Report of the Indian Hemp Drugs Commission, 1894-1895 - Volume III
Year: 1894
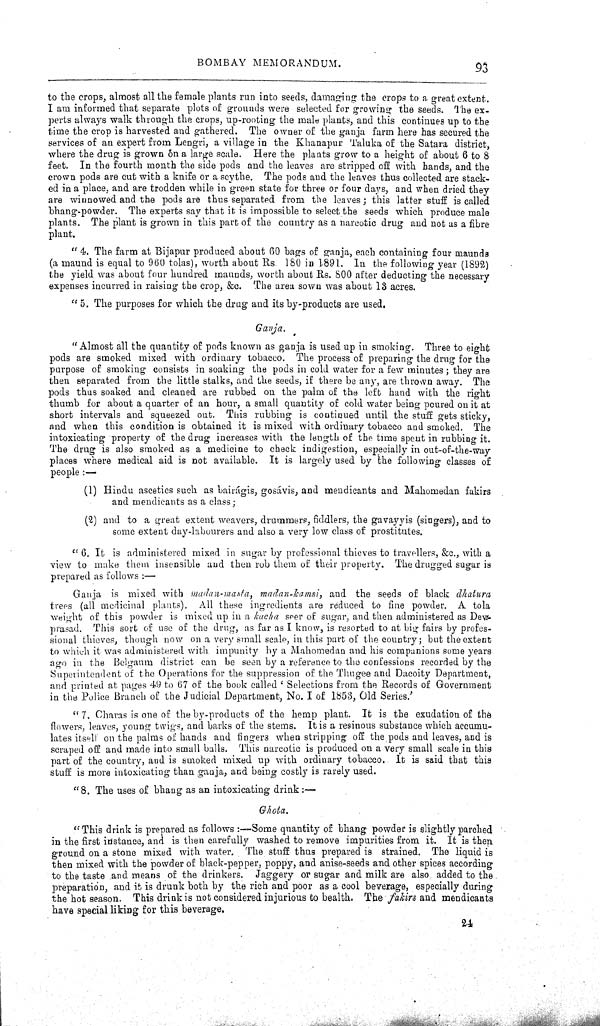
BOMBAY MEMORANDUM.
93
to the crops, almost all the female plants run into seeds, damaging the crops to a great extent.
I am informed that separate plots of grounds were selected for growing the seeds. The ex-
perts always walk through the crops, up-rooting the male plants, and this continues up to the
time the crop is harvested and gathered. The owner of the ganja farm here has secured the
services of an expert from Lengri, a village in the Khanapur Taluka of the Satara district,
where the drug is grown on a large scale. Here the plants grow to a height of about 6 to 8
feet. In the fourth month the side pods and the leaves are stripped off with hands, and the
crown pods are cut with a knife or a scythe. The pods and the leaves thus collected are stack-
ed in a place, and are trodden while in green state for three or four days, and when dried they
are winnowed and the pods are thus separated from the leaves; this latter stuff is called
bhang-powder. The experts say that it is impossible to select the seeds which produce male
plants. The plant is grown in this part of the country as a narcotic drug and not as a fibre
plant.
"4. The farm at Bijapur produced about 60 bags of ganja, each containing four maunds
(a maund is equal to 960 tolas), worth about Rs. 180 in 1891. In the following year (1892)
the yield was about four hundred maunds, worth about Rs. 800 after deducting the necessary
expenses incurred in raising the crop, &c. The area sown was about 13 acres.
"5. The purposes for which the drug and its by-products are used.
Ganja.
"Almost all the quantity of pods known as ganja is used up in smoking. Three to eight
pods are smoked mixed with ordinary tobacco. The process of preparing the drug for the
purpose of smoking consists in soaking the pods in cold water for a few minutes; they are
then separated from the little stalks, and the seeds, if there be any, are thrown away. The
pods thus soaked and cleaned are rubbed on the palm of the left hand with the right
thumb for about a quarter of an hour, a small quantity of cold water being poured on it at
short intervals and squeezed out. This rubbing is continued until the stuff gets sticky,
and when this condition is obtained it is mixed with ordinary tobacco and smoked. The
intoxicating property of the drug increases with the length of the time spent in rubbing it.
The drug is also smoked as a medicine to check indigestion, especially in out-of-the-way
places where medical aid is not available. It is largely used by the following classes of
people:—
(1) Hindu ascetics such as bairágis, gosávis, and mendicants and Mahomedan fakirs
and mendicants as a class;
(2) and to a great extent weavers, drummers, fiddlers, the gavayyis (singers), and to
some extent day-labourers and also a very low class of prostitutes.
"6. It is administered mixed in sugar by professional thieves to travellers, &c., with a
view to make them insensible and then rob them of their property. The drugged sugar is
prepared as follows:—
Ganja is mixed with madan-masta, madan-kamsi, and the seeds of black dhatura
trees (all medicinal plants). All these ingredients are reduced to fine powder. A tola
weight of this powder is mixed up in a kucha seer of sugar, and then administered as Devi-
prasad. This sort of use of the drug, as far as I know, is resorted to at big fairs by profes-
sional thieves, though now on a very small scale, in this part of the country; but the extent
to which it was administered with impunity by a Mahomedan and his companions some years
ago in the Belgaum district can be seen by a reference to the confessions recorded by the
Superintendent of the Operations for the suppression of the Thugee and Dacoity Department,
and printed at pages 49 to 67 of the book called 'Selections from the Records of Government
in the Police Branch of the Judicial Department, No. I of 1853, Old Series.'
"7. Charas is one of the by-products of the hemp plant. It is the exudation of the
flowers, leaves, young twigs, and barks of the stems. It is a resinous substance which accumu-
lates itself on the palms of hands and fingers when stripping off the pods and leaves, and is
scraped off and made into small balls. This narcotic is produced on a very small scale in this
part of the country, and is smoked mixed up with ordinary tobacco. It is said that this
stuff is more intoxicating than ganja, and being costly is rarely used.
"8. The uses of bhang as an intoxicating drink:—
Ghota.
"This drink is prepared as follows:—Some quantity of bhang powder is slightly parched
in the first instance, and is then carefully washed to remove impurities from it. It is then
ground on a stone mixed with water. The stuff thus prepared is strained. The liquid is
then mixed with the powder of black-pepper, poppy, and anise-seeds and other spices according
to the taste and means of the drinkers. Jaggery or sugar and milk are also, added to the
preparation, and it is drunk both by the rich and poor as a cool beverage, especially during
the hot season. This drink is not considered injurious to health. The fakirs and mendicants
have special liking for this beverage.
24